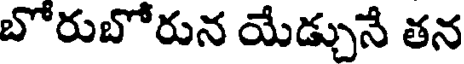
బోరుబోరున యేడ్చునే తన